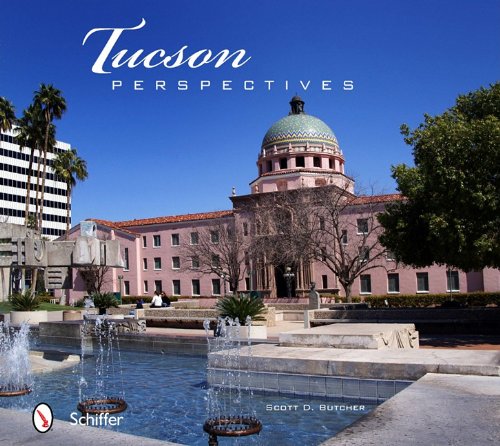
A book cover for Tucson Perspectives; Scott D. Butcher; Travel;